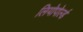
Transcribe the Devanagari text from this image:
लियोपोर्ल्ड